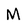
Character: M